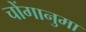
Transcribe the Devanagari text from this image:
चोंगानुमा